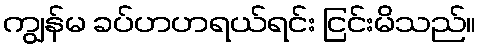
ကျွန်မ ခပ်ဟဟရယ်ရင်း ငြင်းမိသည်။